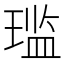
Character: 𫞨